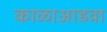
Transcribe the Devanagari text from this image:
काळाआडवा